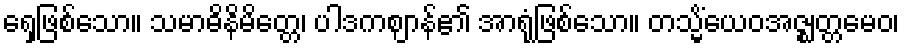
ရှေ့ဖြစ်သော။ သမာဓိနိမိတ္တေ၊ ပါဒကဈာန်၏ အာရုံဖြစ်သော။ တသ္မိံယေဝအဇ္ဈတ္တမေဝ၊